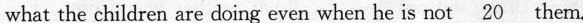
what the children are doing even when he is not \underline{20}them.